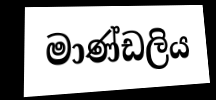
මාණ්ඩලිය